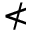
\nless